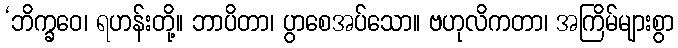
‘ဘိက္ခဝေ၊ ရဟန်းတို့။ ဘာပိတာ၊ ပွာစေအပ်သော။ ဗဟုလိကတာ၊ အကြိမ်များစွာ